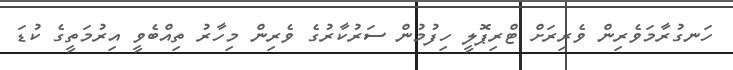
ހަނގުރާމަވެރިން ވެރިރަށް ޓްރިޕޮލީ ހިފުމުން ސަރުކާރުގެ ވެރިން މިހާރު ތިއްބެވީ އިރުމަތީގެ ކުޑަ